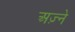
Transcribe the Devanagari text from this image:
अज़्ने